Indian journal of veterinary science and animal husbandry - Volume 3,
Year: 1933
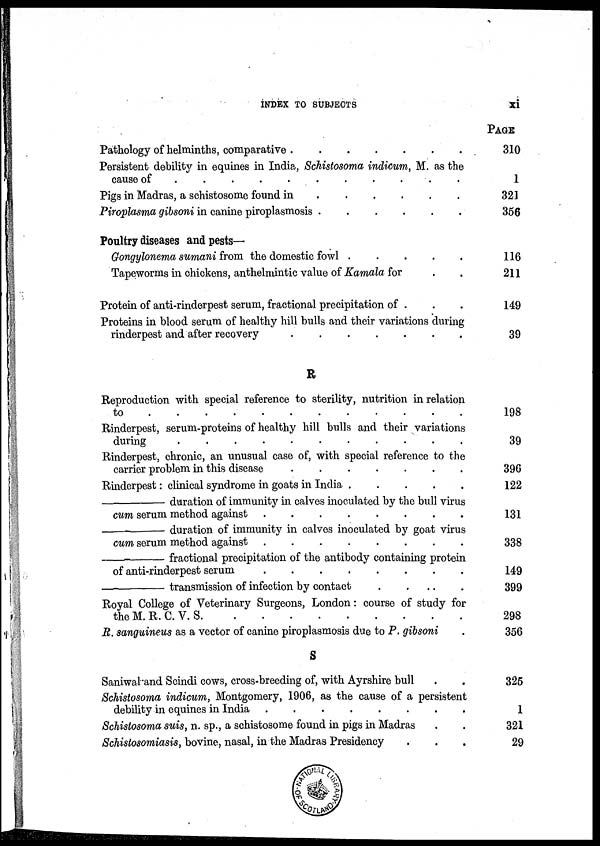
INDEX TO SUBJECTS
xi
Pathology of helminths, comparative . . . . . . . .
Persistent debility in equines in India, Schistosoma indicum, M. as the
cause of . . . . . . . .
Pigs in Madras, a schistosome found in . . . . . . . .
Piroplasma gibsoni in canine piroplasmosis . . . . . . . .
Poultry diseases and pests—
Gongylonema sumani from the domestic fowl . . . . . . . .
Tapeworms in chickens, anthelmintic value of Kamala for . .
Protein of anti-rinderpest serum, fractional precipitation of . . .
Proteins in blood serum of healthy hill bulls and their variations during
rinderpest and after recovery . . . . . . . .
R
Reproduction with special reference to sterility, nutrition in relation
to . . . . . . . .
Rinderpest, serum-proteins of healthy hill bulls and their variations
during . . . . . . . .
Rinderpest, chronic, an unusual case of, with special reference to the
carrier problem in this disease . . . . . . . .
Rinderpest : clinical syndrome in goats in India . . . . . . . .
—
duration of immunity in calves inoculated by the bull virus
cum serum method against . . . . . . . .
—
duration of immunity in calves inoculated by goat virus
cum serum method against . . . . . . . .
—
fractional precipitation of the antibody containing protein
of anti-rinderpest serum . . . . . . . .
—
transmission
of infection by contact . . . . . . . .
Royal College of Veterinary Surgeons, London : course of study for
the M.R.C.V. S. . . . . . . . .
R. sanguineus as a vector of canine piroplasmosis due to P. gibsoni .
S
Saniwal and Scindi cows, cross-breeding of, with Ayrshire bull . .
Schistosoma indicum, Montgomery, 1906, as the cause of a persistent
debility in equines in India . . . . . . . .
Schistosoma suis, n. sp., a schistosome found in pigs in Madras . .
Schistosomiasis, bovine, nasal, in the Madras Presidency . . .
PAGE
310
1
321
356
116
211
149
39
198
39
396
122
131
338
149
399
298
356
325
1
321
29